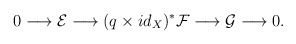
\begin{align*}0 \longrightarrow \mathcal{E} \longrightarrow (q \times id_X)^*\mathcal{F} \longrightarrow \mathcal{G} \longrightarrow 0.\end{align*}